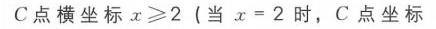
$C点横坐标x\geqslant 2\ (当\ x = 2\ 时，C点坐标$